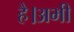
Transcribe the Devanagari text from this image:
है।अभी